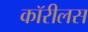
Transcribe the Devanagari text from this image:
कॉरीलस